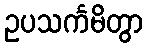
ဥပသင်္ကမိတွာ